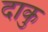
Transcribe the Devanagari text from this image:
दाकु